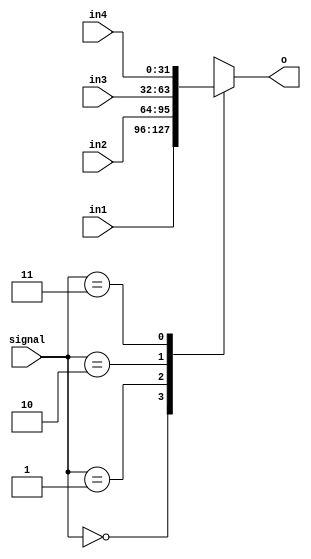
`timescale 1ns / 1ps
module mux4 #(parameter WIDTH=32)
(
    input [WIDTH-1:0] in1,
    input [WIDTH-1:0] in2,
    input [WIDTH-1:0] in3,
    input [WIDTH-1:0] in4,
    input [1:0] signal,
    output reg [WIDTH-1:0] o
);
always @(*) 
begin
    case (signal)
        2'b00: o<=in1;
        2'b01: o<=in2;
        2'b10: o<=in3;
        2'b11: o<=in4;
    endcase
end


endmodule

module mux2 #(parameter WIDTH=32)(
    input [WIDTH-1:0] in1,
    input [WIDTH-1:0] in2,
    input signal,
    output [WIDTH-1:0] o
);
assign o=signal?in2:in1;

endmodule

module mux8 #(parameter WIDTH=32)
(
    input [WIDTH-1:0] in1,
    input [WIDTH-1:0] in2,
    input [WIDTH-1:0] in3,
    input [WIDTH-1:0] in4,
    input [WIDTH-1:0] in5,
    input [WIDTH-1:0] in6,
    input [WIDTH-1:0] in7,
    input [WIDTH-1:0] in8,
    input [2:0] signal,
    output reg [WIDTH-1:0] o
);
always @(*) 
begin
    case (signal)
        3'b000: o<=in1;
        3'b001: o<=in2;
        3'b010: o<=in3;
        3'b011: o<=in4;
        3'b100: o<=in5;
        3'b101: o<=in6;
        3'b110: o<=in7;
        3'b111: o<=in8;
    endcase
end

endmodule